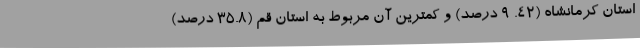
استان کرمانشاه (٤٢. ٩ درصد) و کمترین آن مربوط به استان قم (٣٥.٨ درصد)